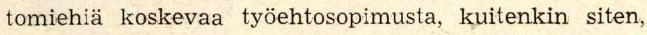
tomiehia koskevaa työehtosopimusta, kuitenkin siten,